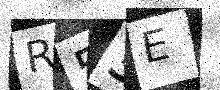
Text: R53E